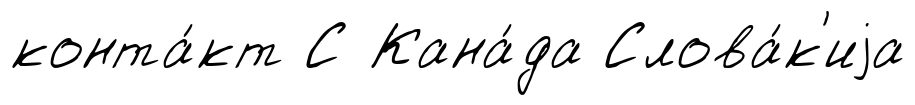
конта́кт С Кана́да Слова́к'иjа